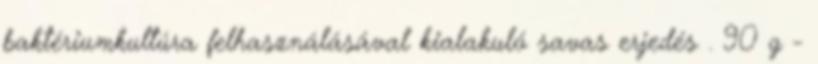
baktériumkultúra felhasználásával kialakuló savas erjedés . 90 g -